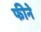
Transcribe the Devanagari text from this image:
फीने